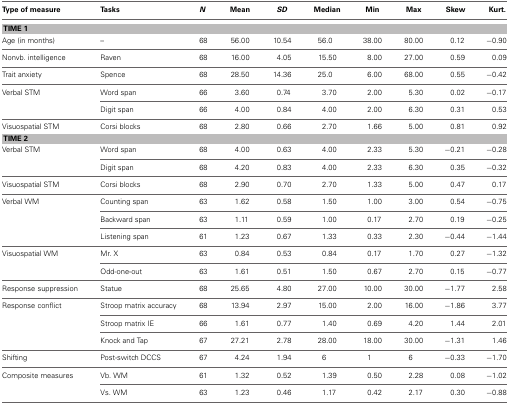
<table><thead><tr><td><b>Type of measure</b></td><td><b>Tasks</b></td><td><b><i>N</i></b></td><td><b>Mean</b></td><td><b><i>SD</i></b></td><td><b>Median</b></td><td><b>Min</b></td><td><b>Max</b></td><td><b>Skew</b></td><td><b>Kurt.</b></td></tr></thead><tbody><tr><td colspan="10"><b>TIME 1</b></td></tr><tr><td>Age (in months)</td><td>–</td><td>68</td><td>56.00</td><td>10.54</td><td>56.0</td><td>38.00</td><td>80.00</td><td>0.12</td><td>−0.90</td></tr><tr><td>Nonvb. intelligence</td><td>Raven</td><td>68</td><td>16.00</td><td>4.05</td><td>15.50</td><td>8.00</td><td>27.00</td><td>0.59</td><td>0.09</td></tr><tr><td>Trait anxiety</td><td>Spence</td><td>68</td><td>28.50</td><td>14.36</td><td>25.0</td><td>6.00</td><td>68.00</td><td>0.55</td><td>−0.42</td></tr><tr><td>Verbal STM</td><td>Word span</td><td>66</td><td>3.60</td><td>0.74</td><td>3.70</td><td>2.00</td><td>5.30</td><td>0.02</td><td>−0.17</td></tr><tr><td></td><td>Digit span</td><td>66</td><td>4.00</td><td>0.84</td><td>4.00</td><td>2.00</td><td>6.30</td><td>0.31</td><td>0.53</td></tr><tr><td>Visuospatial STM</td><td>Corsi blocks</td><td>68</td><td>2.80</td><td>0.66</td><td>2.70</td><td>1.66</td><td>5.00</td><td>0.81</td><td>0.92</td></tr><tr><td colspan="10"><b>TIME 2</b></td></tr><tr><td>Verbal STM</td><td>Word span</td><td>68</td><td>4.00</td><td>0.63</td><td>4.00</td><td>2.33</td><td>5.30</td><td>−0.21</td><td>−0.28</td></tr><tr><td></td><td>Digit span</td><td>68</td><td>4.20</td><td>0.83</td><td>4.00</td><td>2.33</td><td>6.30</td><td>0.35</td><td>−0.32</td></tr><tr><td>Visuospatial STM</td><td>Corsi blocks</td><td>68</td><td>2.90</td><td>0.70</td><td>2.70</td><td>1.33</td><td>5.00</td><td>0.47</td><td>0.17</td></tr><tr><td>Verbal WM</td><td>Counting span</td><td>63</td><td>1.62</td><td>0.58</td><td>1.50</td><td>1.00</td><td>3.00</td><td>0.54</td><td>−0.75</td></tr><tr><td></td><td>Backward span</td><td>63</td><td>1.11</td><td>0.59</td><td>1.00</td><td>0.17</td><td>2.70</td><td>0.19</td><td>−0.25</td></tr><tr><td></td><td>Listening span</td><td>61</td><td>1.23</td><td>0.67</td><td>1.33</td><td>0.33</td><td>2.30</td><td>−0.44</td><td>−1.44</td></tr><tr><td>Visuospatial WM</td><td>Mr. X</td><td>63</td><td>0.84</td><td>0.53</td><td>0.84</td><td>0.17</td><td>1.70</td><td>0.27</td><td>−1.32</td></tr><tr><td></td><td>Odd-one-out</td><td>63</td><td>1.61</td><td>0.51</td><td>1.50</td><td>0.67</td><td>2.70</td><td>0.15</td><td>−0.77</td></tr><tr><td>Response suppression</td><td>Statue</td><td>68</td><td>25.65</td><td>4.80</td><td>27.00</td><td>10.00</td><td>30.00</td><td>−1.77</td><td>2.58</td></tr><tr><td>Response conflict</td><td>Stroop matrix accuracy</td><td>68</td><td>13.94</td><td>2.97</td><td>15.00</td><td>2.00</td><td>16.00</td><td>−1.86</td><td>3.77</td></tr><tr><td></td><td>Stroop matrix IE</td><td>66</td><td>1.61</td><td>0.77</td><td>1.40</td><td>0.69</td><td>4.20</td><td>1.44</td><td>2.01</td></tr><tr><td></td><td>Knock and Tap</td><td>67</td><td>27.21</td><td>2.78</td><td>28.00</td><td>18.00</td><td>30.00</td><td>−1.31</td><td>1.46</td></tr><tr><td>Shifting</td><td>Post-switch DCCS</td><td>67</td><td>4.24</td><td>1.94</td><td>6</td><td>1</td><td>6</td><td>−0.33</td><td>−1.70</td></tr><tr><td>Composite measures</td><td>Vb. WM</td><td>61</td><td>1.32</td><td>0.52</td><td>1.39</td><td>0.50</td><td>2.28</td><td>0.08</td><td>−1.02</td></tr><tr><td></td><td>Vs. WM</td><td>63</td><td>1.23</td><td>0.46</td><td>1.17</td><td>0.42</td><td>2.17</td><td>0.30</td><td>−0.88</td></tr></tbody></table>